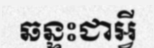
ឆន្ទះជាអ្វី